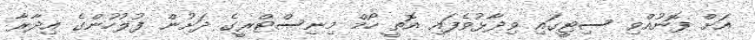
އަށް ފޮނުއްވި ސިޓީގައި ވިދާޅުވެފައި އޮތީ ހޯމް މިނިސްޓްރީގެ ދަށުން ފުލުހުންގެ އިދާރާ